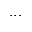
. . .